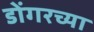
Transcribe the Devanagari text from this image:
डोंगरच्या